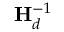
\mathbf { H } _ { d } ^ { - 1 }